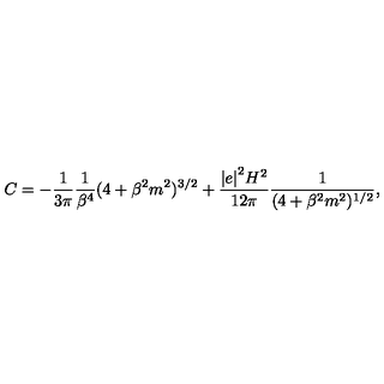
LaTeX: C = - \frac { 1 } { 3 \pi } \frac { 1 } { \beta ^ { 4 } } ( 4 + \beta ^ { 2 } m ^ { 2 } ) ^ { 3 / 2 } + \frac { { \vert e \vert } ^ { 2 } H ^ { 2 } } { 1 2 \pi } \frac { 1 } { ( 4 + \beta ^ { 2 } m ^ { 2 } ) ^ { 1 / 2 } } ,